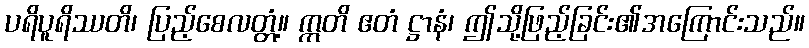
ပရိပူရိဿတိ၊ ပြည့်စေလတ္တံ့။ ဣတိ ဧတံ ဋ္ဌာနံ၊ ဤသို့ဖြည့်ခြင်း၏အကြောင်းသည်။